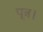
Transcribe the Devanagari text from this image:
पूत्र।